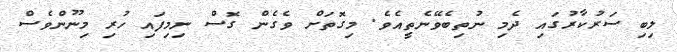
ލިބި ސަރުކާރުގައި ދެމި ނުތިބެވޭނެތީއެވެ. މިގޮތަށް ވެގެން ގޮސް ނިމިފައި ހުރި މިނޫންވެސް